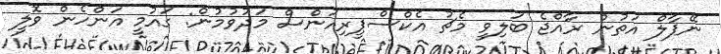
ނޭޕާލް އަތުން ރާއްޖެ ބަލިވީ މެޗު އެކްސްޕީރިއަންސް މަދުވުމުން: ގައުމީ އަންހެން ވޮލީ